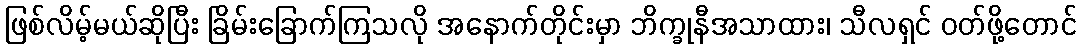
ဖြစ်လိမ့်မယ်ဆိုပြီး ခြိမ်းခြောက်ကြသလို အနောက်တိုင်းမှာ ဘိက္ခုနီအသာထား၊ သီလရှင် ဝတ်ဖို့တောင်